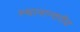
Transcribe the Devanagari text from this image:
स्थानान्तरीय